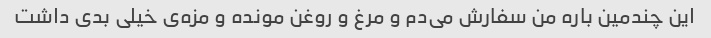
این چندمین باره من سفارش می‌دم و مرغ و روغن مونده و مزه‌ی خیلی بدی داشت